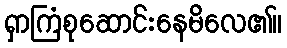
ရှာကြံစုဆောင်းနေမိလေ၏။